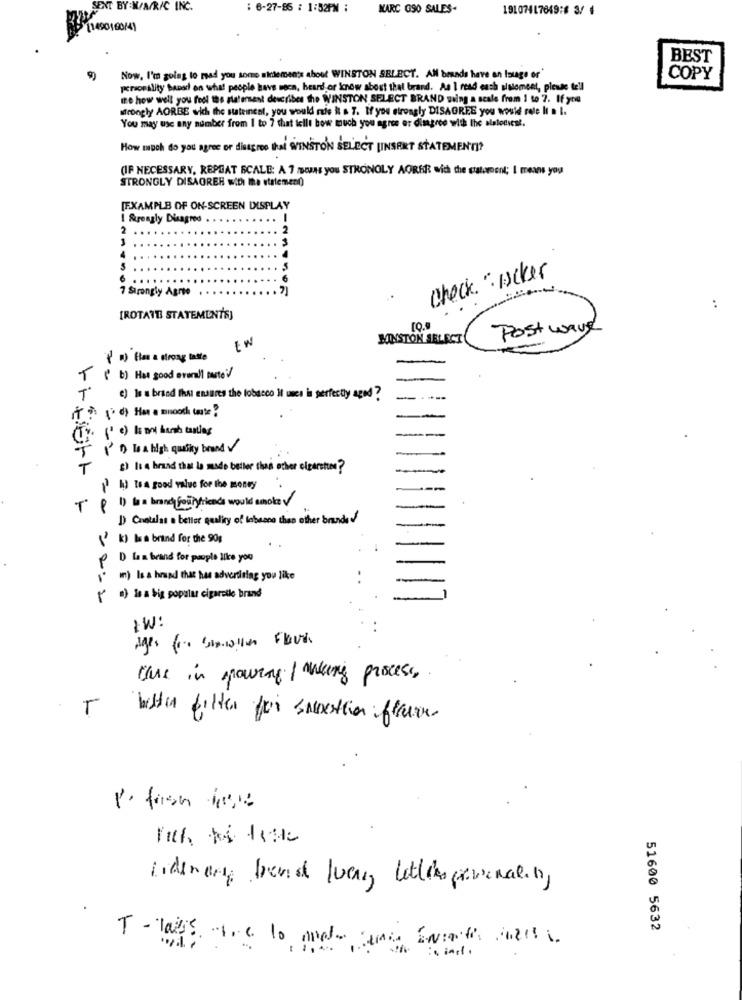
SENT BY W/M/R/C INC.
: 6-27-85 : 1:52PM :
MARC GSO SALES-
19107417649:8 3/ 4
[1490160/4)
BEST
Now, I'm going to read you some aidemen's about WINSTON SELECT. All brands have an Isuge or'
COPY
personality banor on what people have seca, heard or know about that brand. As I read each sisloment, please tell
me how well you feel the platement describes the WINSTON SELECT BRAND suing a scale from 1 to 7. If you
strongly AORBE wich the stateinent, you would rade k & T. If you strongly DISAGREE you would role It . I.
You may use any number from 1 to 7 that icilt bow much you agree er dimagree with the alsloniest.
How much do you agree or disagree that WINSTON SELECT [INSERT STATEMENTI?
(IF NECESSARY, REPEAT SCALE: A 7 means you STRONGLY AORER with the statement; I means you
STRONGLY DISAGREE with the statement)
[EXAMPLE OF ON-SCREEN DISPLAY
I Strongly Disagree
1
4
Check. " Hacker
7 Strongly Agree
.....
..
[ROTATE STATEMENTS]
Post wave
HUNSTON ABLECT
EW
( a) Has a strong latte
T ( b) Has good overall tante/
T' e) is a brand that ensures the tobacco it uses is perfectly aged ?
---
IT ? ( d) Har a mnooch cute;
-
7 10 le a high quality brand
T
g) Is a brand that la musde better than other cigarettes?
( I) toa good value for the money
--
T P 1) ba a brand fortyfriends would amole
1) Costelas a better quality of tabasco than other brands f
( k) is a brand for the 90g
D las brand for people like you
in) Is a brand that has advertising you like
( a) is a big popular cigarette brand
IW:
those in pourap / making process.
Water filter for seetter iffreuen.
with Me time
lidenang band lucas lettingoveralen,
51600 5632